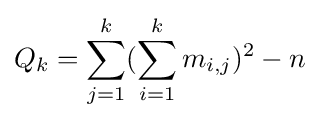
Q_{k}=\sum _{j=1}^{k}(\sum _{i=1}^{k}m_{i,j})^{2}-n